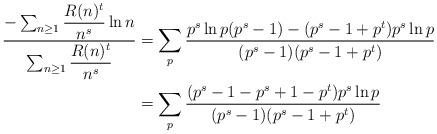
LaTeX: \begin{align*}\dfrac{-\sum_{n\geq 1}\dfrac{R(n)^{t}}{n^{s}}\ln n}{\sum_{n\geq 1}\dfrac{R(n)^{t}}{n^{s}}}&=\sum_{p}\dfrac{p^{s}\ln p(p^s-1)-(p^s-1+p^t)p^s\ln p}{(p^s-1)(p^s-1+p^t)}\\ &=\sum_{p}\dfrac{(p^s-1-p^s+1-p^t) p^s \ln p}{(p^s-1)(p^s-1+p^t)}\end{align*}